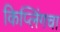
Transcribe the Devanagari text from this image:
किप्लिंगचा